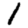
Digit: 1